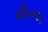
મીનલ